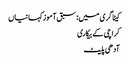
کیٹاگری میں : سبق آموز کہانیاں
کراچی کے بیکاری
آدھی پلیٹ